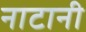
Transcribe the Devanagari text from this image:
नाटानी